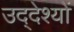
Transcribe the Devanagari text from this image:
उद्‌देश्यों